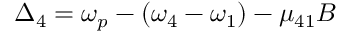
\Delta _ { 4 } = \omega _ { p } - ( \omega _ { 4 } - \omega _ { 1 } ) - \mu _ { 4 1 } B